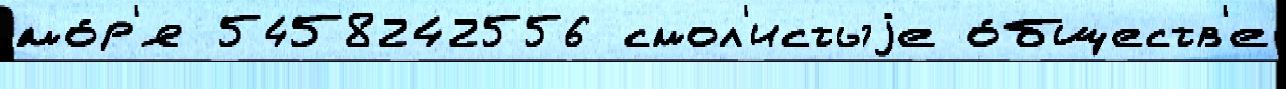
мо́р'я 5458242556 смол'истыjе о́бществ'е